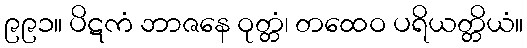
၉၉၁။ ပိဋကံ ဘာဇနေ ဝုတ္တံ၊ တထေဝ ပရိယတ္တိယံ။